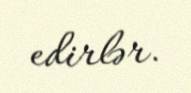
edirlər.